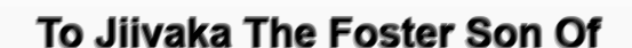
To Jiivaka The Foster Son Of